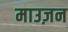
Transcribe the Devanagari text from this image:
माउज़न